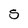
Character: s